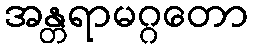
အန္တရာမဂ္ဂတော